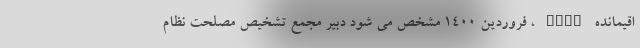
اقیمانده FATF ، فروردین ۱۴۰۰ مشخص می شود دبیر مجمع تشخیص مصلحت نظام